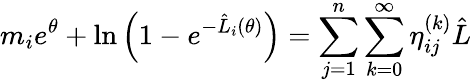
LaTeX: m_{i}e^{\theta}+\ln\left(1-e^{-\hat{L}_{i}(\theta)}\right)=\sum_{j=1}^{n}\sum_{k=0}^{\infty}\eta_{ij}^{(k)}\hat{L}